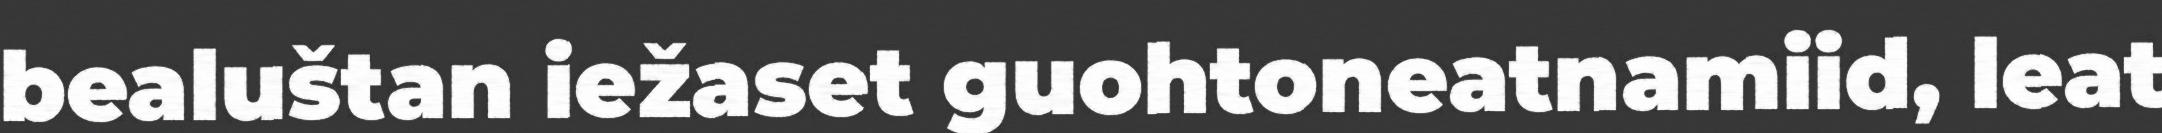
bealuštan iežaset guohtoneatnamiid, leat